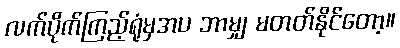
လက်ပိုက်ကြည့်ရုံမှအပ ဘာမျှ မတတ်နိုင်တော့။